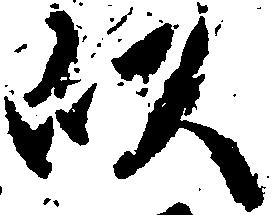
以